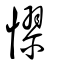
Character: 憀